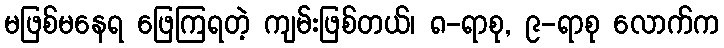
မဖြစ်မနေရ ဖြေကြရတဲ့ ကျမ်းဖြစ်တယ်၊ ၈-ရာစု, ၉-ရာစု လောက်က